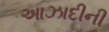
આઝાદીની